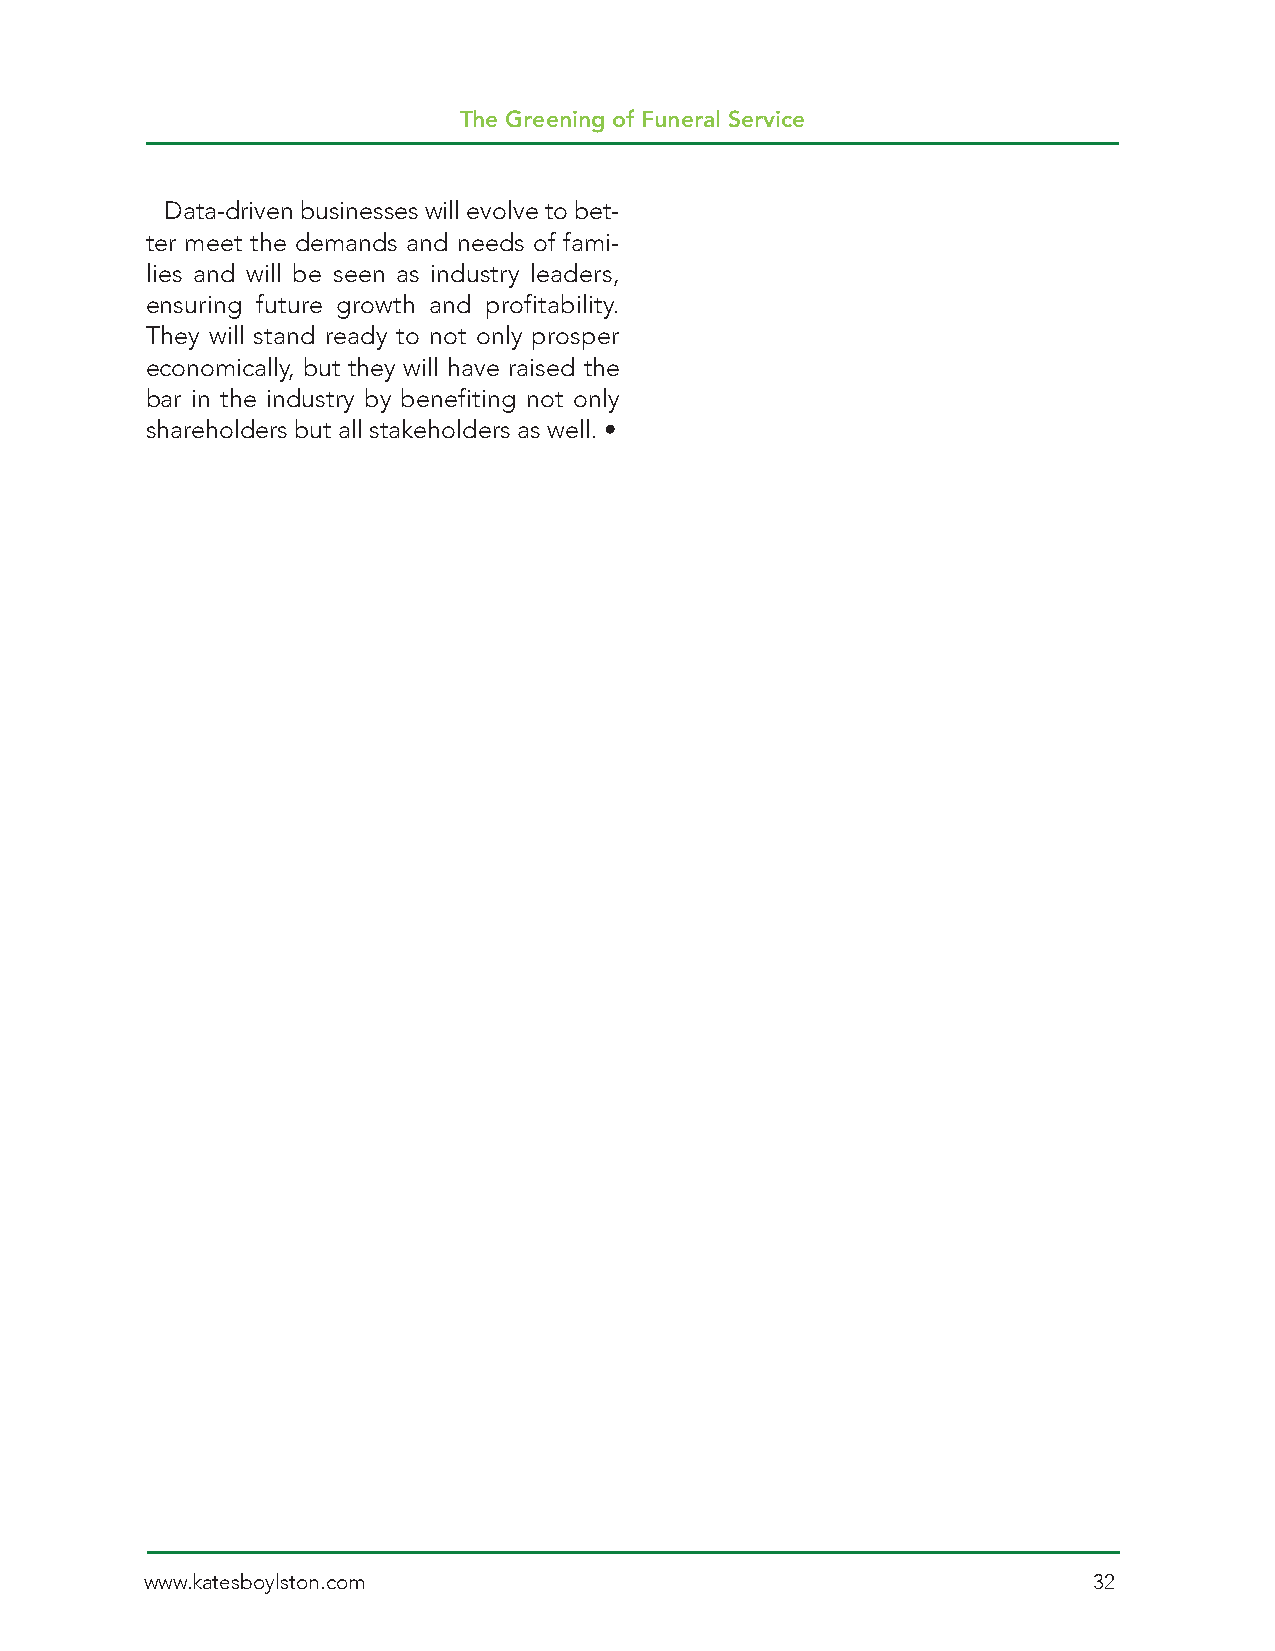
The Greening of Funeral Service
 Data-driven businesses will evolve to bet-
 ter meet the demands and needs of fami-
 lies and will be seen as industry leaders,
 ensuring future growth and profitability.
 They will stand ready to not only prosper
 economically, but they will have raised the
 bar in the industry by benefiting not only
 shareholders but all stakeholders as well. •
 www.katesboylston.com                                         32